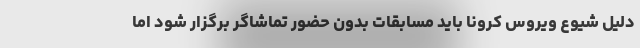
دلیل شیوع ویروس کرونا باید مسابقات بدون حضور تماشاگر برگزار شود اما